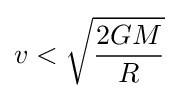
v<{\sqrt {\frac {2GM}{R}}}